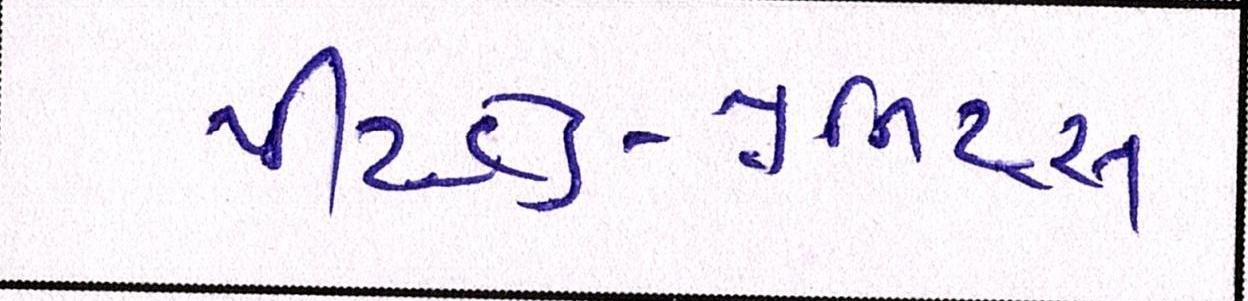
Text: પીટહેડ-યુનિટ્સ